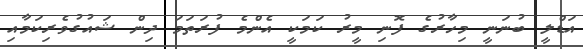
އަޑްލީ ބުނަނީ މިހާރުގެ ފޮނި މީރު ކަމަކީ އެންމެ ފުރަތަމަ ދިން ޝައުގުވެރިކަމާއި